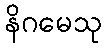
နိဂမေသု